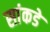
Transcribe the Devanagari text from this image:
सांकडे